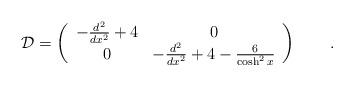
LaTeX: \begin{align*}{\cal D}= \left( \begin{array}{cc} -\frac{d^2}{dx^2}+4 & 0\\ 0 &-\frac{d^2}{dx^2}+4-\frac{6}{\cosh^2x}\end{array} \right)\qquad .\end{align*}